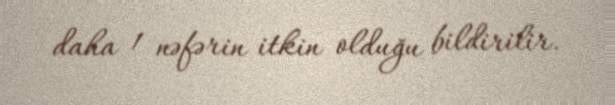
daha 1 nəfərin itkin olduğu bildirilir.